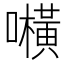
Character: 𱕟